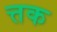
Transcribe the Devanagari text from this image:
त्तक